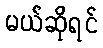
မယ်ဆိုရင်